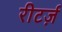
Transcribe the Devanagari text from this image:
रीटर्ज़